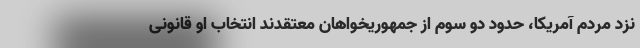
نزد مردم آمریکا، حدود دو سوم از جمهوریخواهان معتقدند انتخاب او قانونی